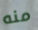
منه